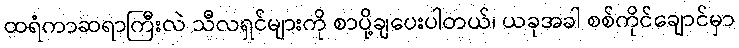
ထရံကာဆရာကြီးလဲ သီလရှင်များကို စာပို့ချပေးပါတယ်၊ ယခုအခါ စစ်ကိုင်ချောင်မှာ